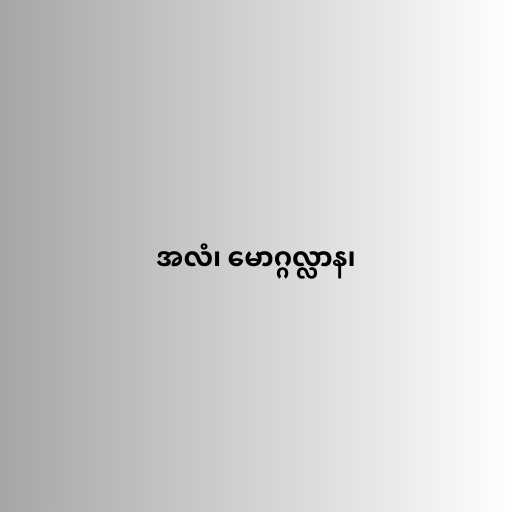
အလံ၊ မောဂ္ဂလ္လာန၊